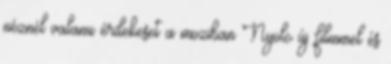
néznél valami érdekeset a moziban Nyolc új filmmel és